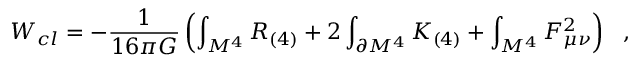
W _ { c l } = - { \frac { 1 } { 1 6 \pi G } } \left( \int _ { M ^ { 4 } } R _ { ( 4 ) } + 2 \int _ { \partial M ^ { 4 } } K _ { ( 4 ) } + \int _ { M ^ { 4 } } F _ { \mu \nu } ^ { 2 } \right) ~ ~ ,